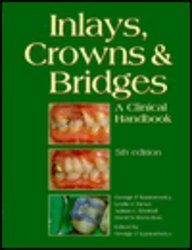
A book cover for Inlays, Crowns and Bridges: A Clinical Handbook; Leslie C. Howe; Medical Books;